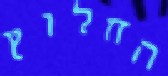
החלוץ